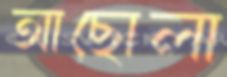
আছোলা